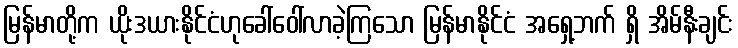
မြန်မာတို့က ယိုးဒယားနိုင်ငံဟုခေါ်ဝေါ်လာခဲ့ကြသော မြန်မာနိုင်ငံ အရှေ့ဘက် ရှိ အိမ်နီးချင်း